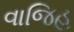
વાજિહ